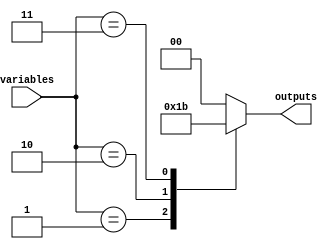
module PrimeImplicant(
    input [3:0] variables,      // 4-bit input representing the variables (can be adjusted)
    output reg [1:0] outputs     // 2-bit output representing the minimized logic function
);

// Local parameters for minterms (example for a function defined by specific minterms)
localparam MINTERM_0 = 4'b0000; // Represents minterm 0
localparam MINTERM_1 = 4'b0001; // Represents minterm 1
localparam MINTERM_2 = 4'b0010; // Represents minterm 2
localparam MINTERM_3 = 4'b0011; // Represents minterm 3
// Add more minterms as needed...

// Function definition (example: f(A, B, C, D) = (0, 1, 2, 3))
wire [15:0] truth_table [3:0]; // The truth table array
assign truth_table[0] = (variables == MINTERM_0) ? 1'b1 : 1'b0;
assign truth_table[1] = (variables == MINTERM_1) ? 1'b1 : 1'b0;
assign truth_table[2] = (variables == MINTERM_2) ? 1'b1 : 1'b0;
assign truth_table[3] = (variables == MINTERM_3) ? 1'b1 : 1'b0;
// Add additional cases as per minterms...

// Prime implicant identification logic (example output)
always @(*) begin
    case (variables)
        4'b0000: outputs = 2'b00; // Represents the output for minterm 0
        4'b0001: outputs = 2'b01; // Represents the output for minterm 1
        4'b0010: outputs = 2'b10; // Represents the output for minterm 2
        4'b0011: outputs = 2'b11; // Represents the output for minterm 3
        default: outputs = 2'b00;  // Default case
    endcase
end

endmodule